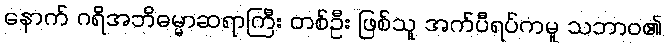
နောက် ဂရိအဘိဓမ္မာဆရာကြီး တစ်ဦး ဖြစ်သူ အက်ပီရပ်ကမူ သဘာဝ၏